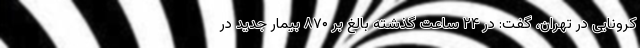
کرونایی در تهران، گفت: در ۲۴ ساعت گذشته بالغ بر ۸۷۰ بیمار جدید در